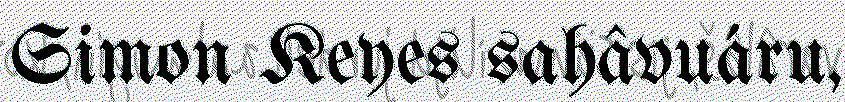
Simon Keyes sahâvuáru,